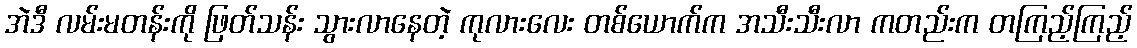
အဲဒီ လမ်းမတန်းကို ဖြတ်သန်း သွားလာနေတဲ့ ကုလားလေး တစ်ယောက်က အသီးသီးလာ ကတည်းက တကြည့်ကြည့်